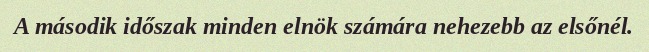
A második időszak minden elnök számára nehezebb az elsőnél.